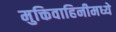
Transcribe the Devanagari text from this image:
मुक्तिवाहिनीमध्ये